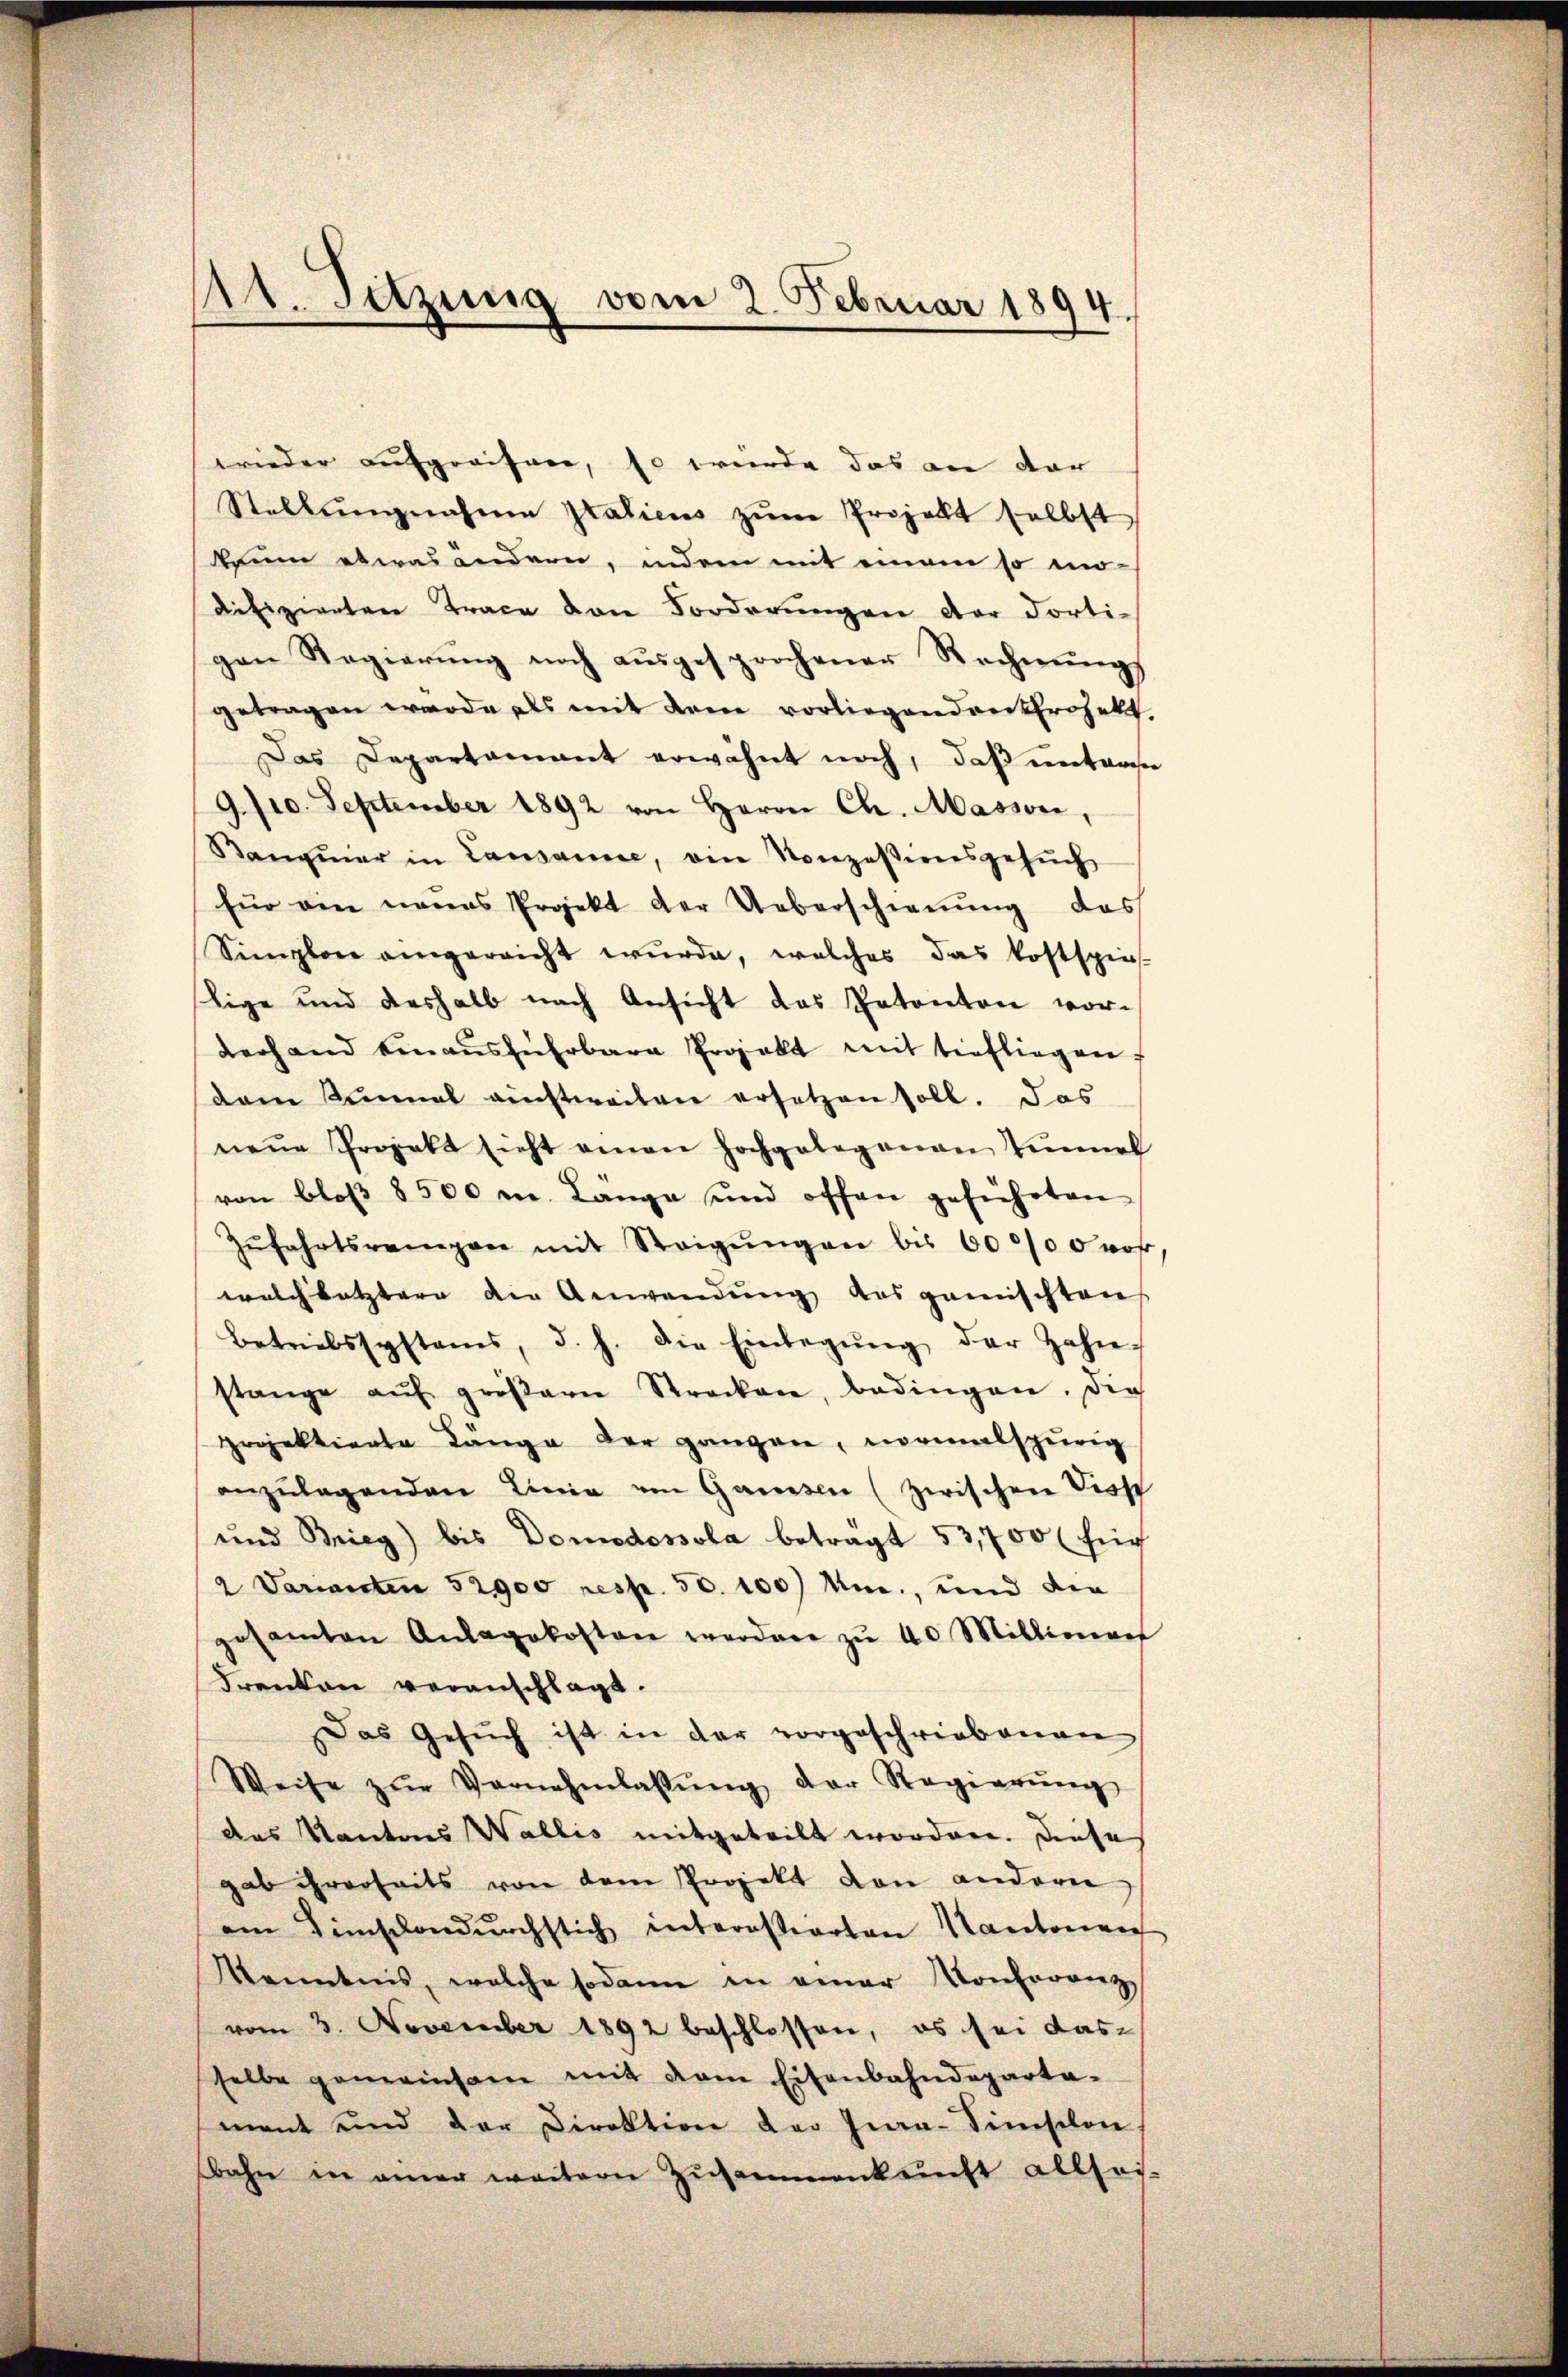
Mt. Sitzung vom 2. Februar 1894

wieder aufgreifen, so würde das an dar
Stellungnahme Italiens zŭm Projekt selbst
kaum etwas andern, indem mit einem so mo-
difizierten Trace den Forderungen der Forti-
gen Regierung noch ausgesprochener Rechnungs
getragen werde als mit dem vorliegenden Projekt
Das Departamant erwähnt noch, daß entworte
9/10. September 1892 von Herrn Ch. Masson,
Banzmar in Lausanne, ein Konzessionsgesŭch
für ein neues Projekt der Ueberschienŭng das
Simplare eingereicht wŭrde, welches das kostspie-
lige und deshalb nach Ansicht das Patenton vorderhand einaŭsführbara Projekt mit tiefliegen.
dem Stunal auchtweilen ersetzen soll. Das
neŭe Projekt sicht einen hochgelegenen Tunnel
von bloß 8500 m. Lange und offen geführten
Zŭfahrtsreigen mit Steigŭngen bis 600/00 vor
welch letztere die Anwendŭng des gemischten
Betriebssystems, d. h. die Einlegŭng der Zahn-
stange aŭf gröβern Strecken, bedingen. Die
projektierte Länge der ganzen, normalspurig
anzŭlagenden Linie von Gaussen (zwischen Diss
und Brieg) bis Domodossola beträgt 53,700 (für
2 Varianten 52900 resp. 50. 100) Mn., und die
gesamten Anlagskosten worden zŭ 40 Millionae
Frenken veranschlagt.
Das Gesŭch ist in der vorgeschriebenen
Weise zŭr Vernehmlassŭng der Regierŭng
Das Kantons Wallis mitgeteilt worden. Diese
gab ihrerseits von dem Projekt von andern
am Tischondŭrchstich interessierten Kantonen
Kenntnis, welche sodann in einer Konferenzvom 3. November 1892 beschlossen, es sei das-
selbe gemeinsam mit dem Eisenbahndeparta-
mant und der Direktion der Ina-Simselon
bahn in einer weitere Zusammenkunft allsei-